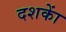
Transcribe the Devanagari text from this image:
दशकाें